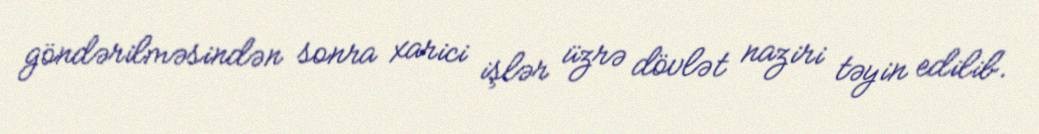
göndərilməsindən sonra xarici işlər üzrə dövlət naziri təyin edilib.